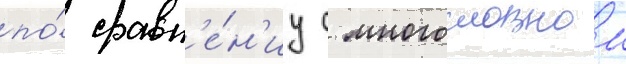
по́ сравн'е́н'иу с многословнои